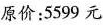
原价：5599 元